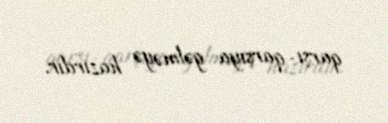
qarşı-qarşıya gəlməyə hazırdır.